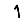
Digit: 1